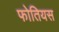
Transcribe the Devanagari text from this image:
फोतियस